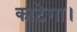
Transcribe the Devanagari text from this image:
काटेगा।